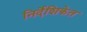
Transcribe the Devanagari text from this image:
निर्देशिकेत